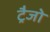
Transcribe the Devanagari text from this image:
ट्रैजो